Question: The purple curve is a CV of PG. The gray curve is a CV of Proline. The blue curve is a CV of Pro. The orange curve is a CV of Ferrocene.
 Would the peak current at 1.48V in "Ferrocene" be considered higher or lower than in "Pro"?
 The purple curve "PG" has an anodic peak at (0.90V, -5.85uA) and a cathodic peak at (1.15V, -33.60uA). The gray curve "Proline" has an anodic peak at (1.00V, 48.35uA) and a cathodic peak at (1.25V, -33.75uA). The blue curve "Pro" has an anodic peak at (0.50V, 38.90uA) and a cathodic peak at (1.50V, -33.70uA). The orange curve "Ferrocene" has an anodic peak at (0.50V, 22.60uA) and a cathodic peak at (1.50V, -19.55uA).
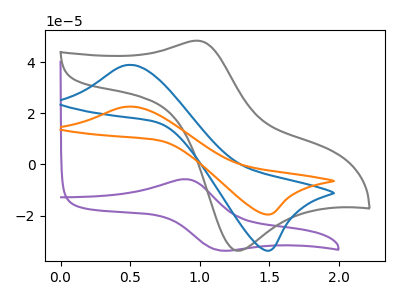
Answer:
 <answer>The peak at 1.48V is lower in "Ferrocene" than in "Pro".</answer>
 <eval>lower</eval>